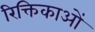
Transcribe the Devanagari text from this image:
रिक्तिकाओं